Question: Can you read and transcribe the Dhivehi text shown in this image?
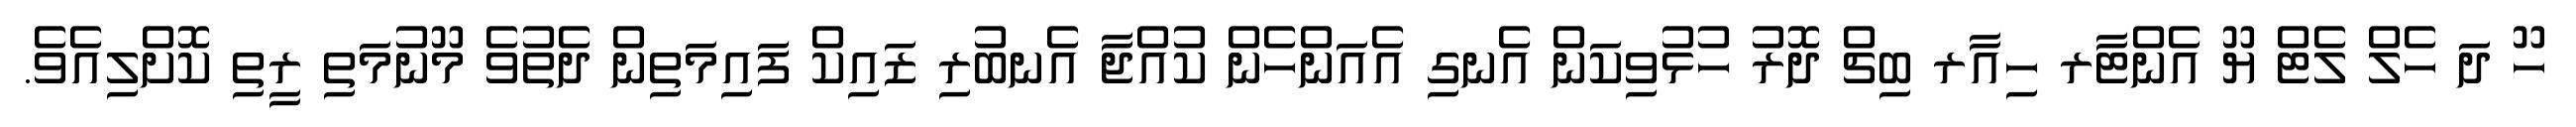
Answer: ހޫ ދަ ހެލް ލެޓް ޔޫ އެންޓާރ ހިއާރ ބިޗް ދޮރު ހުޅުވިކަން އެނގި އެއަންހެން ކުއްޖާ އެނބުރި ޒައިކް ފައިމަތިން ދެތުވެ މޫނުމަތި ރީތި ކޮށްލިއެވެ.